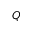
Q